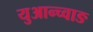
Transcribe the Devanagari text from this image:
युआन्च्वाङ